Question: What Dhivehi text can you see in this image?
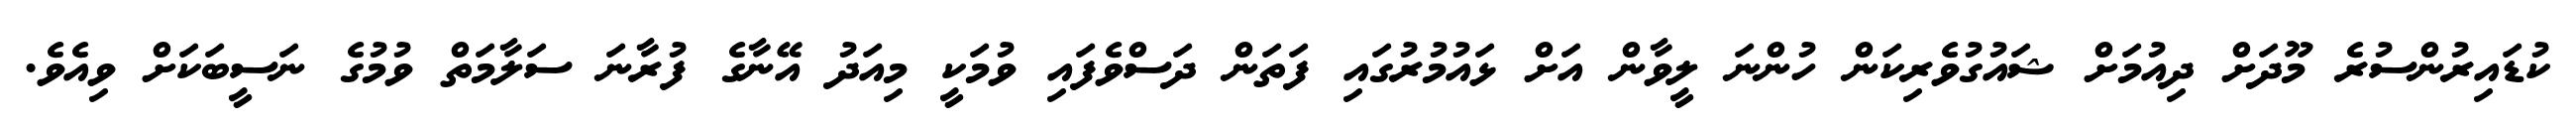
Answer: ކުޑައިރުންސުރެ މޫދަށް ދިއުމަށް ޝައުގުވެރިކަން ހުންނަ ލީވާން އަށް ޅައުމުރުގައި ފަތަން ދަސްވެފައި ވުމަކީ މިއަދު އޭނާގެ ފުރާނަ ސަލާމަތް ވުމުގެ ނަސީބަކަށް ވިއެވެ.